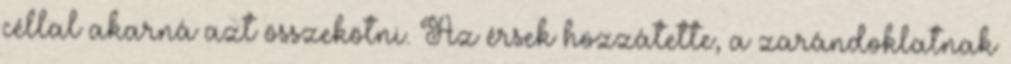
céllal akarná azt összekötni. Az érsek hozzátette, a zarándoklatnak